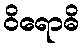
ဝိရောဓိ